Document type: Dowry
Year: 1238
Scribe: Berenguer Jaume
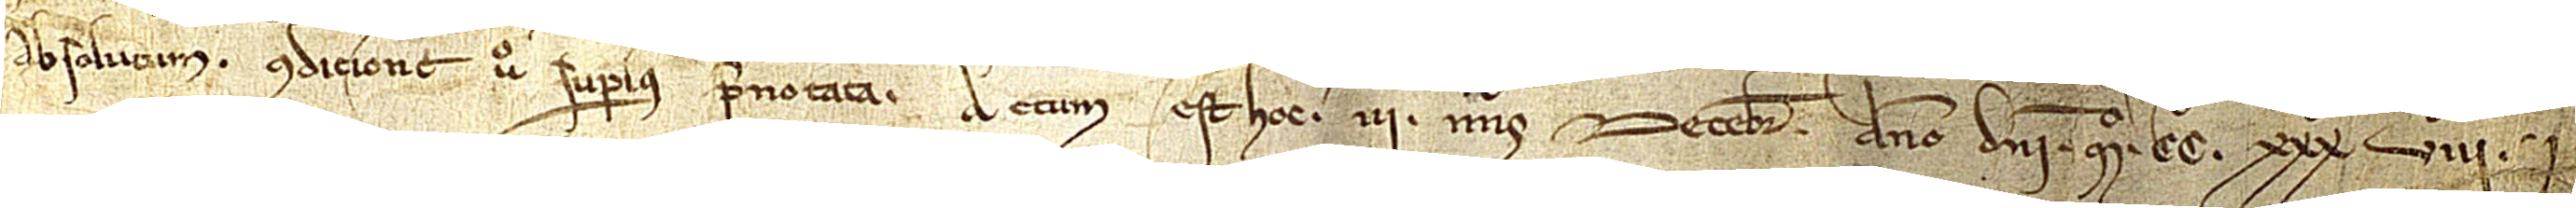
absolutum, condicione vero superius prenotata. Actum est hoc III nonas decembris, anno Domini Mº CCº XXXº VIIIº